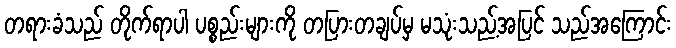
တရားခံသည် တိုက်ရာပါ ပစ္စည်းများကို တပြားတချပ်မှ မသုံးသည့်အပြင် သည်အကြောင်း